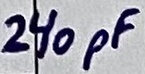
Text: 240pF